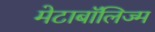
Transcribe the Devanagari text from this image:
मेटाबॉलिज्म